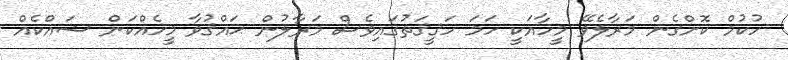
ހުކުމް ކޮށްގެން މަރާލެވޭ މީހާއަކީ ހަމަ ހަޤީޤަތުގައިވެސް މަރާލުން ޙައްޤުވާ މީހެއްކަން ޝައްކެއް